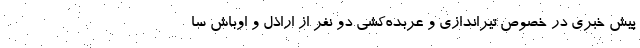
پیش خبری در خصوص تیراندازی و عربده‌کشی دو نفر از اراذل و اوباش سا